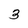
Character: 3